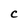
Character: c